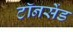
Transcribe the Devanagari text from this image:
टॉनसेंड